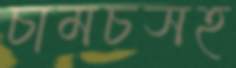
চামচসহ